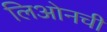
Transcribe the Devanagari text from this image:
लिओनची